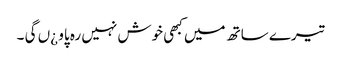
تیرے ساتھ میں کبھی خوش نہیں رہ پاو ¿ں گی ۔